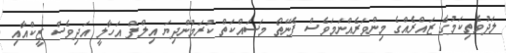
ލަދުވެތިކަމުގެ ޒައްރެއްގެ މިންވަރެއްނަމަވެސް ފެނޭތޯ މަސައްކަތް ކުރަމުންދިޔަ އިލްފް އަހާލީ އަދިވެސް ޒީކްއާއި